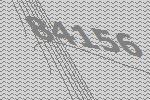
84156